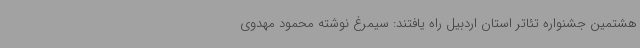
هشتمین جشنواره تئاتر استان اردبیل راه یافتند: سیمرغ نوشته‌ محمود مهدوی